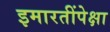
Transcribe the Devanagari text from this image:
इमारतींपेक्षा